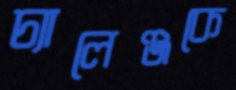
চ্যালেঞ্জকে